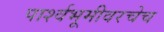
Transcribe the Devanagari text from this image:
पार्श्वभूमीवरचेच